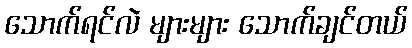
သောက်ရင်လဲ များများ သောက်ချင်တယ်